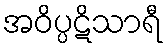
အဝိပ္ပဋိသာရီ